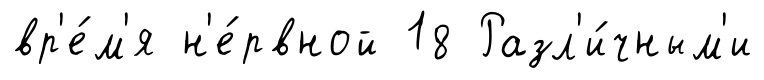
вр'е́м'я н'е́рвной 18 Разл'и́чным'и